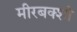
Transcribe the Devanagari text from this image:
मीरबक्शी